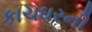
કાચઘરની